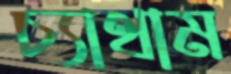
চ্যাথাম